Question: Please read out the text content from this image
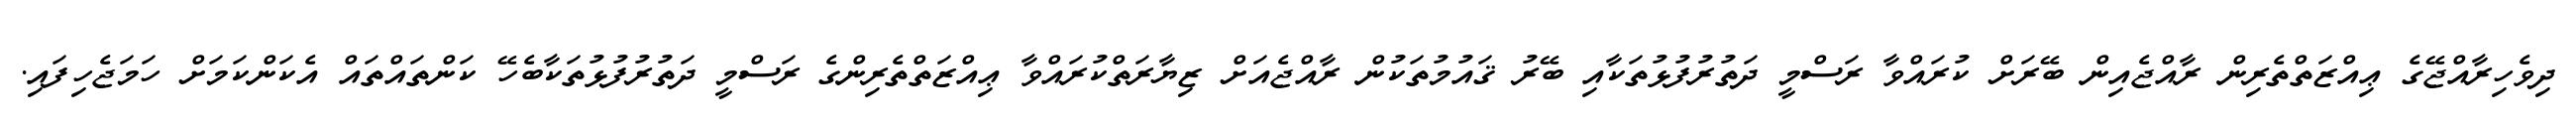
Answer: ދިވެހިރާއްޖޭގެ ޢިއްޒަތްތެރިން ރާއްޖެއިން ބޭރަށް ކުރައްވާ ރަސްމީ ދަތުރުފުޅުތަކާއި ބޭރު ޤައުމުތަކުން ރާއްޖެއަށް ޒިޔާރަތްކުރައްވާ ޢިއްޒަތްތެރިންގެ ރަސްމީ ދަތުރުފުޅުތަކާބެހޭ ކަންތައްތައް އެކަންކަމަށް ހަމަޖެހިފައި.